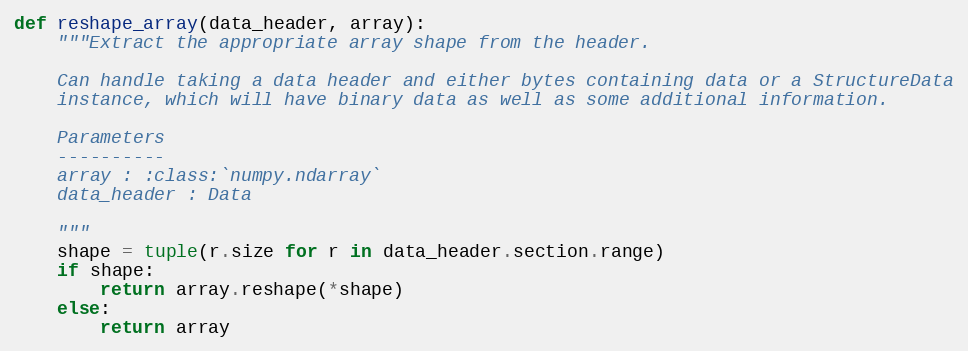
Language: Python
def reshape_array(data_header, array):
    """Extract the appropriate array shape from the header.

    Can handle taking a data header and either bytes containing data or a StructureData
    instance, which will have binary data as well as some additional information.

    Parameters
    ----------
    array : :class:`numpy.ndarray`
    data_header : Data

    """
    shape = tuple(r.size for r in data_header.section.range)
    if shape:
        return array.reshape(*shape)
    else:
        return array